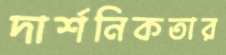
দার্শনিকতার